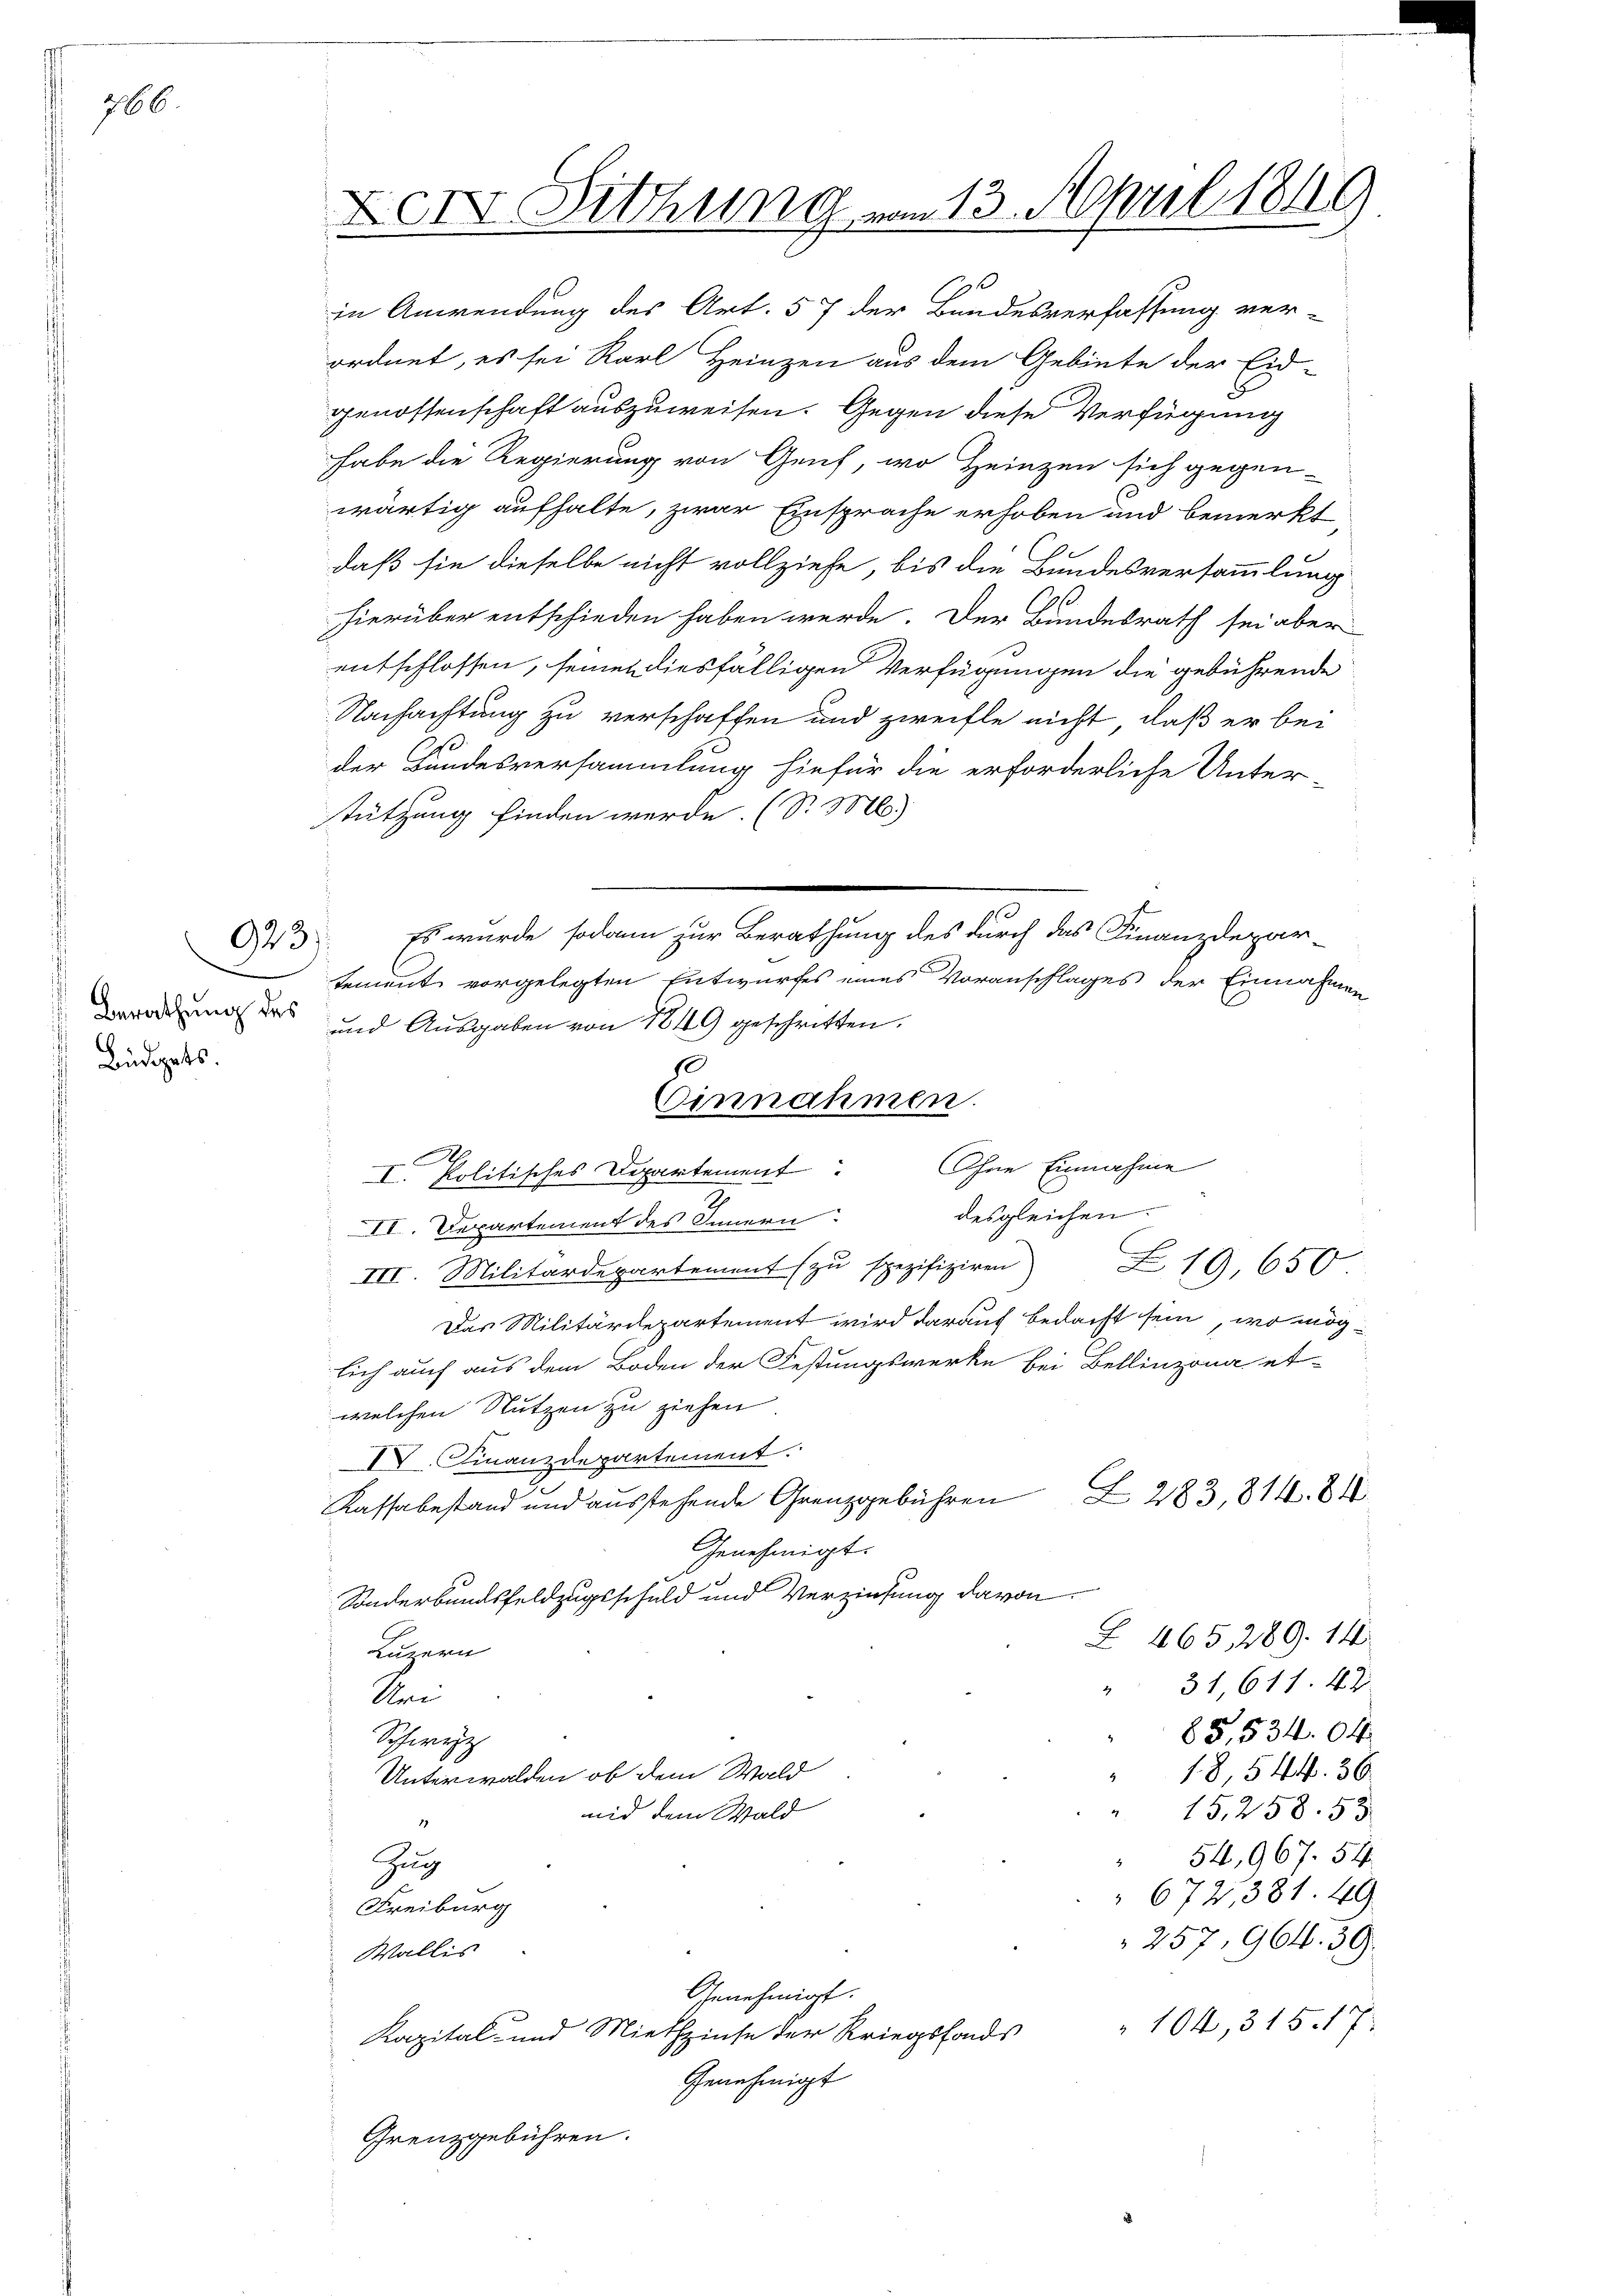
766.

in Anwendung des Art. 57 der Bundesverfassung ver-
ordnet, es sei Karl Heinzen aus dem Gebiete der Eid-
genossenschaft auszuweisen. Gegen diese Verfügung
habe die Regierung von Geich, wo Heinzen sich gegen-
3
wärtig aufhalte, zwar Einsprache erhoben und bemerkt
daß sie dieselbe nicht vollziehe, bis die Bundesversammlung
hierüber entschieden haben werde. Der Bundesrath sei aber
entschlossen, seinen diesfälligen Verfügungen die gebührende
Nachachtung zu verschaffen und zweifle nicht, daß er bei
der Bundesversammlung hiefür die erforderliche Unter-
stützung finden werde. (S. M.)
Es wurde sodann zur Berathung des durch das Finanzdepartement vorgelegten Entwurfes eines Voranschlages der Einnahmen
und Ausgaben von 1849 geschritten.
s
.
I. Politisches Departement
desgleichen.
II. Departement des Innern
III. Militärdepartement zŭ spezifiziren 19. 650.
Das Militärdepartement wird darauf bedacht sein, wo möglich auch aus dem Boden der Festungswerke bei Bellinzona et-
welchen Nutzen zu ziehen
IV. Finanzdepartement.
Z 283,814. 84
Kassabestand und ausstehende Grenzgebühren
Genehmigt.
Studerbundsfeldzugsschuld und Verziehung davon.
Z 465, 289. 14
Luzern
31,611. 42
Uri
85,53404
Schwyz
18,544. 36
Unterwalden, ob dem Wald
15,258. 53
nid dem Wald
54,967. 54
Zug
 672,381. 49
Freiburg
257, 964. 39.
Wallis
Genehmigt.
Kapital- und Miethzinse der Kriegsfonds " 104, 315. 17
Genehmigt
Grenzgebühren.

923

Berathung des
Büdgets.

Xer Dithung vom 13. April 1869

Einnahmen.
Ohne Einnahme